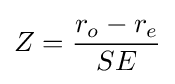
Z={\frac {r_{o}-r_{e}}{SE}}